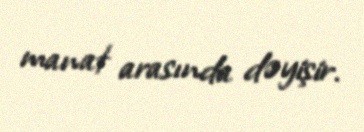
manat arasında dəyişir.